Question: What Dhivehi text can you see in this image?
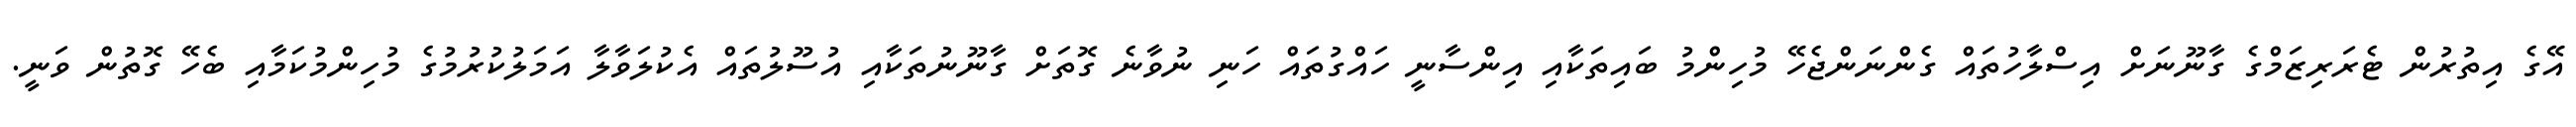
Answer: އޭގެ އިތުރުން ޓެރަރިޒަމްގެ ގާނޫނަށް އިސްލާހުތައް ގެންނަންޖެހޭ މުހިންމު ބައިތަކާއި އިންސާނީ ހައްގުތައް ހަނި ނުވާނެ ގޮތަށް ގާނޫނުތަކާއި އުސޫލުތައް އެކުލަވާލާ އަމަލުކުރުމުގެ މުހިންމުކަމާއި ބެހޭ ގޮތުން ވަނީ.